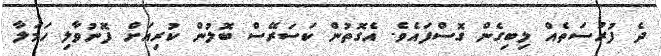
ދެ ފުރުސަތެއް ލިބިގެން ގޮސްފައެވެ. އެގޮތުން ކަސަރޭސް ބޮލުން ކުރިއަށް ފޮނުވާލި ހަމަލާ